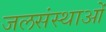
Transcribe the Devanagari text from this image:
जलसंस्थाओं